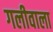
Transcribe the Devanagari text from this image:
गलीवाला